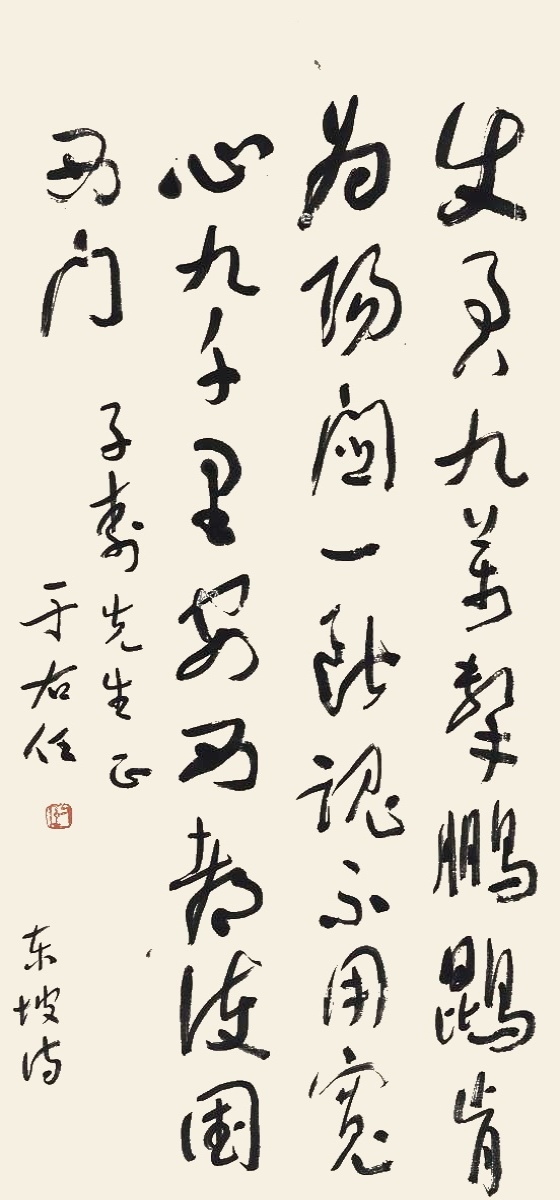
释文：使君九万击鹏鲲，肯为阳关一断魂。不用宽心九千里，安西都护国西门。子寿先生正，于右任，东坡诗。